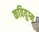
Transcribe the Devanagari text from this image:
कवियुग्म